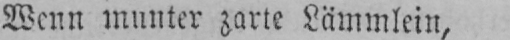
Wenn munter zarte Lämmlein,